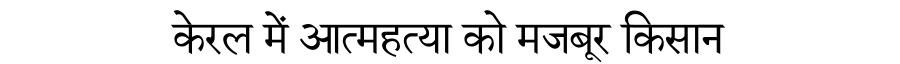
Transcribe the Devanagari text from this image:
केरल में आत्महत्या को मजबूर किसान